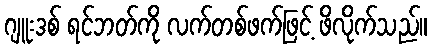
ဂျူးဒစ် ရင်ဘတ်ကို လက်တစ်ဖက်ဖြင့် ဖိလိုက်သည်။